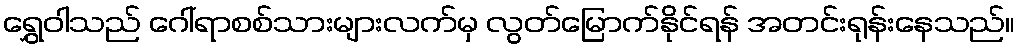
ရွှေဝါသည် ဂေါ်ရာစစ်သားများလက်မှ လွတ်မြောက်နိုင်ရန် အတင်းရုန်းနေသည်။